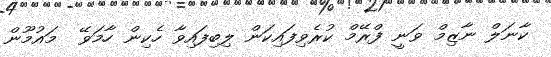
ކާނަލް ނާޒިމް ވަނީ ފްރޭމް ކުރެވިފައިކަން ލިބިފައިވާ ހެކިން ހާމަވޭ  މައުމޫން